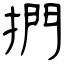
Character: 捫